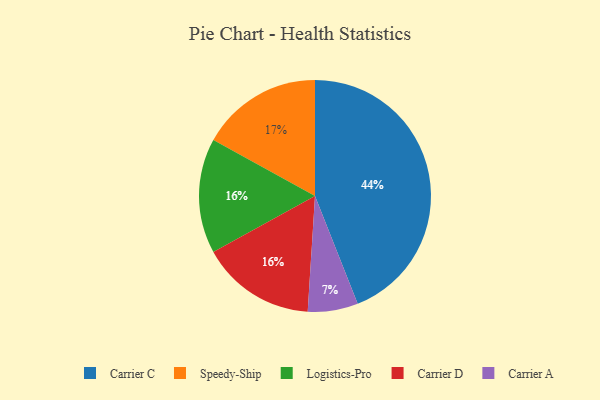
{"axis": {"x": "Category", "y": "Percentage"}, "legend": ["Carrier A", "Carrier C", "Carrier D", "Logistics-Pro", "Speedy-Ship"], "data": [{"x": "Carrier A", "y": 7, "type": "Carrier A"}, {"x": "Logistics-Pro", "y": 16, "type": "Logistics-Pro"}, {"x": "Carrier D", "y": 16, "type": "Carrier D"}, {"x": "Carrier C", "y": 44, "type": "Carrier C"}, {"x": "Speedy-Ship", "y": 17, "type": "Speedy-Ship"}]}